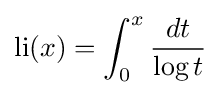
\operatorname {li} (x)=\int _{0}^{x}{\frac {dt}{\log t}}